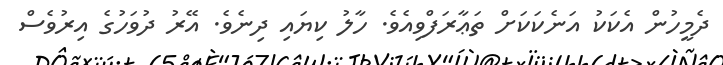
ދެމީހުން އެކަކު އަނެކަކަށް ތަޢާރަފްވިއެވެ. ހާލު ކިޔައި ދިނެވެ. އޭރު ދުވަހުގެ އިރުވެސް